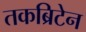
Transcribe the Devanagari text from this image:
तकब्रिटेन